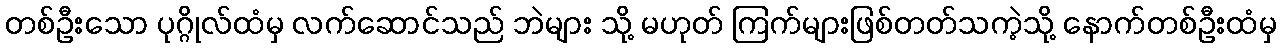
တစ်ဦးသော ပုဂ္ဂိုလ်ထံမှ လက်ဆောင်သည် ဘဲများ သို့ မဟုတ် ကြက်များဖြစ်တတ်သကဲ့သို့ နောက်တစ်ဦးထံမှ